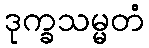
ဒုက္ခသမ္မတံ